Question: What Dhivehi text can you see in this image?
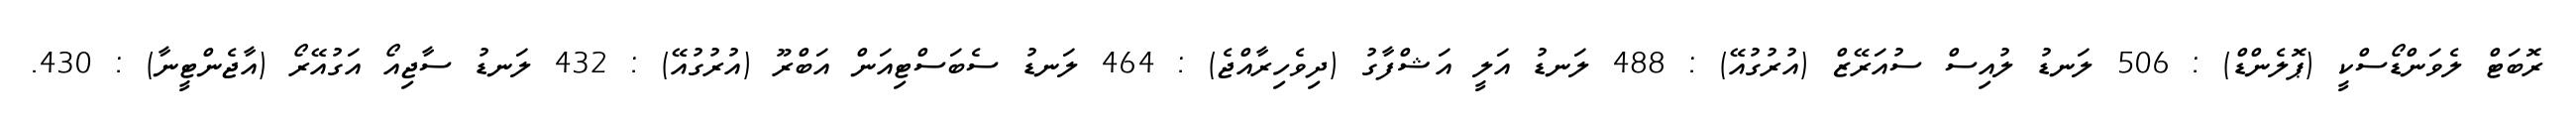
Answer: ރޮބަޓް ލެވަންޑޯސްކީ (ޕޮލެންޑް) : 506 ލަނޑު ލުއިސް ސުއަރޭޒް (އުރުގުއޭ) : 488 ލަނޑު އަލީ އަޝްފާގު (ދިވެހިރާއްޖެ) : 464 ލަނޑު ސެބަސްޓިއަން އަބްރޫ (އުރުގުއޭ) : 432 ލަނޑު ސާޖިއޯ އަގުއޭރޯ (އާޖެންޓީނާ) : 430.